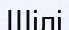
Шілі